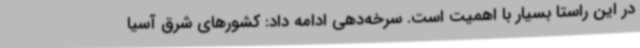
در این راستا بسیار با اهمیت است. سرخه‌دهی ادامه داد: کشورهای شرق آسیا